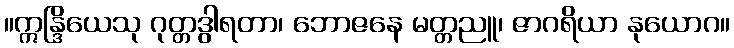
။ဣန္ဒြိယေသု ဂုတ္တဒွါရတာ၊ ဘောဇနေ မတ္တညူ၊ ဇာဂရိယာ နုယောဂ။